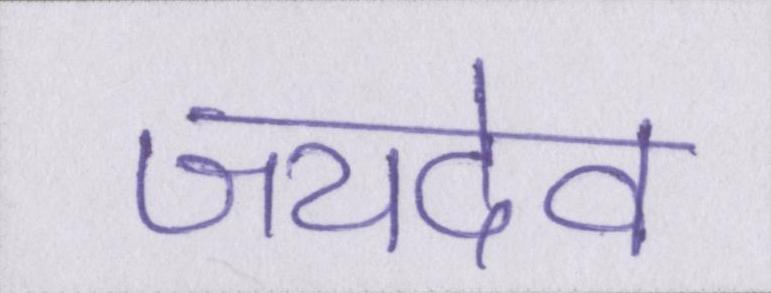
जयदेव